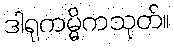
ဒါရုကမ္မိကသုတ်။